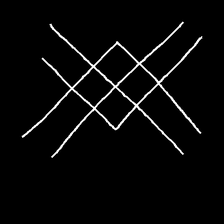
Glyph: crystal